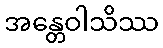
အန္တေဝါသိဿ